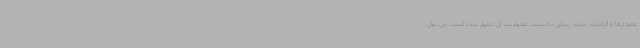
هنجارها و الزامات جدید زیبایی به سبب عمومیت آن دشوار شده است. می توان